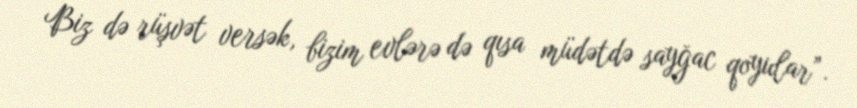
Biz də rüşvət versək, bizim evlərə də qısa müdətdə sayğac qoyular”.